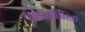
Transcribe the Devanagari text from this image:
पदाव्यतिरिक्त